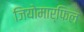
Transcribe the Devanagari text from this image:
जियोमार्फिल